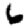
Digit: 6